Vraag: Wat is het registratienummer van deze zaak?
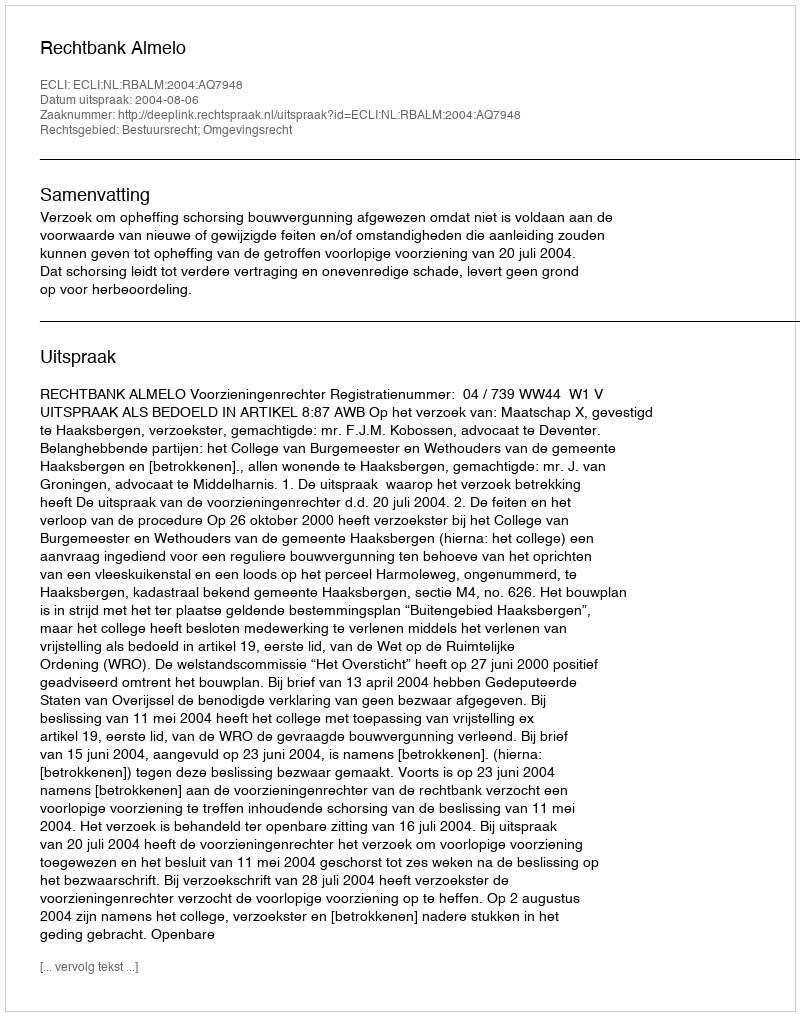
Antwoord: http://deeplink.rechtspraak.nl/uitspraak?id=ECLI:NL:RBALM:2004:AQ7948